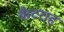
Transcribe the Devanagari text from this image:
कैटराह